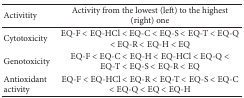
| Activitity | Activity from the lowest (left) to the highest (right) one |
 | --- | --- |
 | Cytotoxicity | EQ-F < EQ-HCl < EQ-C < EQ-S < EQ-T < EQ-Q < EQ-R < EQ-H < EQ |
 | Genotoxicity | EQ-F < EQ-C < EQ-H < EQ-HCl < EQ-Q < EQ-T < EQ-S < EQ-R < EQ |
 | Antioxidant activity | EQ-F < EQ-HCl < EQ-R < EQ-T < EQ-S < EQ-C < EQ-Q < EQ < EQ-H |